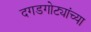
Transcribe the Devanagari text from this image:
दगडगोट्यांच्या